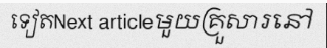
ទៀតNext articleមួយគ្រួសារនៅ